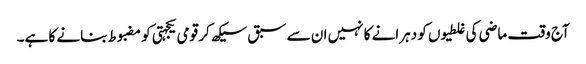
آج وقت ماضی کی غلطیوں کو دہرانے کا نہیں ان سے سبق سیکھ کر قومی یکجہتی کو مضبوط بنانے کا ہے۔